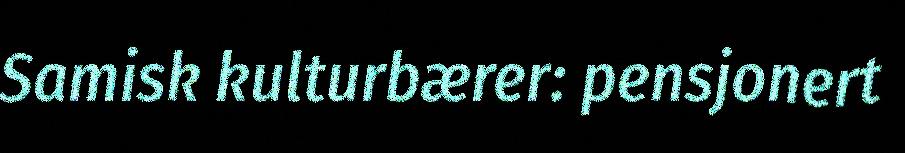
Samisk kulturbærer: pensjonert